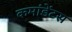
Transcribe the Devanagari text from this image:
कमांडेंटस